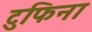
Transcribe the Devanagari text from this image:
टुफिना